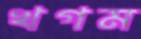
খগম